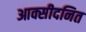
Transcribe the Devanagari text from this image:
आक्सीदनित